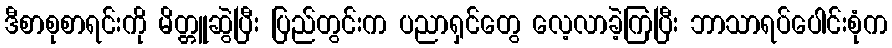
ဒီစာစုစာရင်းကို မိတ္တူဆွဲပြီး ပြည်တွင်းက ပညာရှင်တွေ လေ့လာခဲ့ကြပြီး ဘာသာရပ်ပေါင်းစုံက